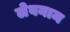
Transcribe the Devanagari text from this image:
लेबनाम